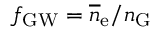
\ensuremath { f _ { \mathrm { G W } } } = \ensuremath { \overline { { n } } _ { \mathrm { e } } / n _ { \mathrm { G } } }